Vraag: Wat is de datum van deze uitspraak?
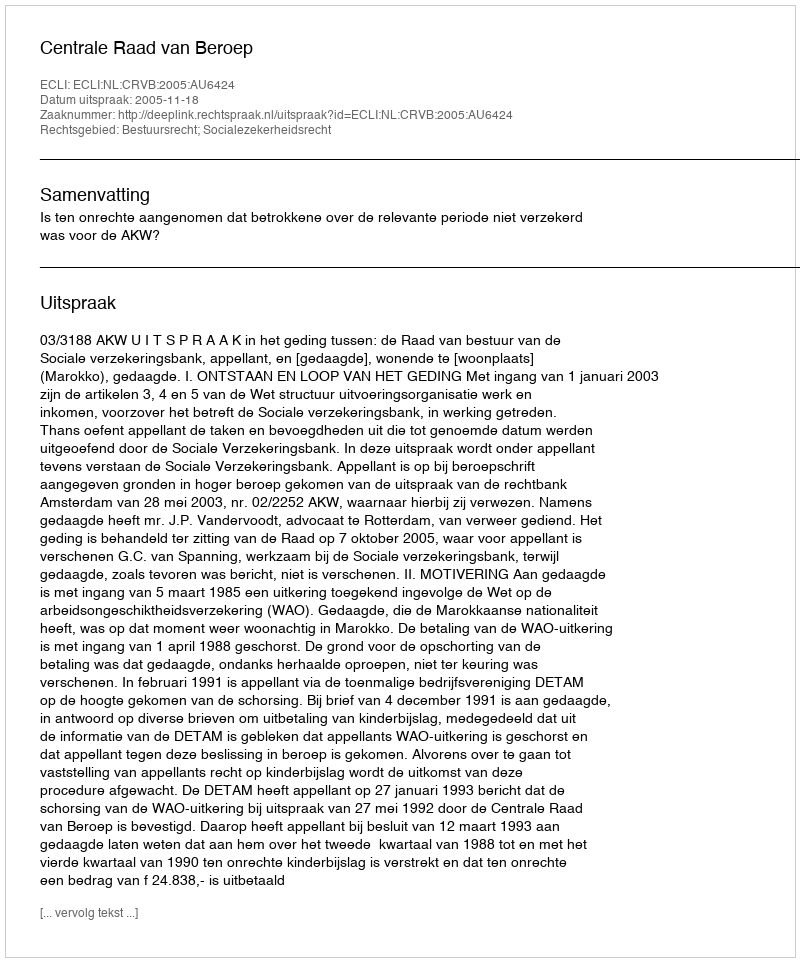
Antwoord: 2005-11-18